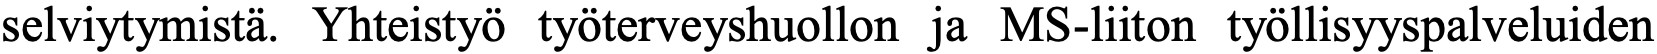
selviytymistä. Yhteistyö työterveyshuollon ja MS-liiton työllisyyspalveluiden